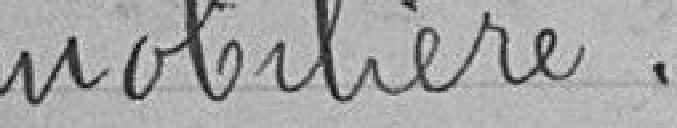
mobilière.